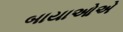
બાયાઓએ